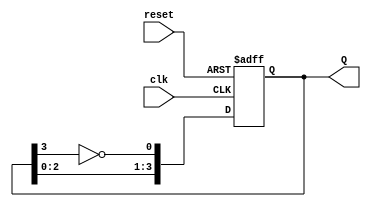
module JohnsonCounter (
    input wire clk,      // Clock input
    input wire reset,    // Reset input (active high)
    output reg [3:0] Q   // Counter output (4 flip-flops for 8 states)
);

    // Synchronous reset and state update logic
    always @(posedge clk or posedge reset) begin
        if (reset) begin
            Q <= 4'b0000; // Reset to all zeros
        end else begin
            // Johnson counter logic
            Q[0] <= ~Q[3];  // DFF0 takes inverted Q3
            Q[1] <= Q[0];   // DFF1 takes Q0
            Q[2] <= Q[1];   // DFF2 takes Q1
            Q[3] <= Q[2];   // DFF3 takes Q2
        end
    end

endmodule